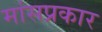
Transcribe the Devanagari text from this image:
मांसप्रकार